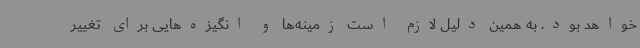
خواهد بود. به همین دلیل لازم است زمینه‌ها و انگیزه‌هایی برای تغییر